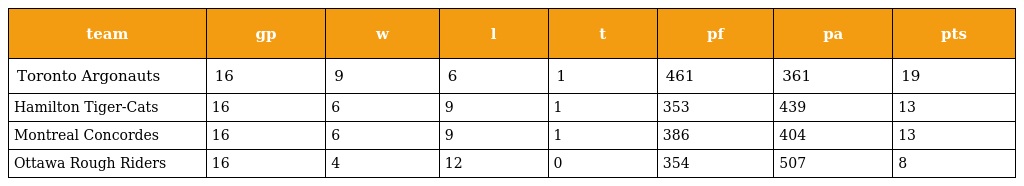
| team | gp | w | l | t | pf | pa | pts |
 | --- | --- | --- | --- | --- | --- | --- | --- |
 | Toronto Argonauts | 16 | 9 | 6 | 1 | 461 | 361 | 19 |
 | Hamilton Tiger-Cats | 16 | 6 | 9 | 1 | 353 | 439 | 13 |
 | Montreal Concordes | 16 | 6 | 9 | 1 | 386 | 404 | 13 |
 | Ottawa Rough Riders | 16 | 4 | 12 | 0 | 354 | 507 | 8 |